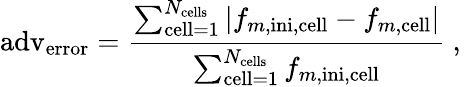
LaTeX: \mathrm{adv}_{\mathrm{error}}=\frac{\sum_{\mathrm{cell}=1}^{N_{\mathrm{cells}}}|f_{m,\mathrm{ini},\mathrm{cell}}-f_{m,\mathrm{cell}}|}{\sum_{\mathrm{cell}=1}^{N_{\mathrm{cells}}}f_{m,\mathrm{ini},\mathrm{cell}}}\mathrm{~,~}